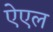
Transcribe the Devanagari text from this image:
ऐएल